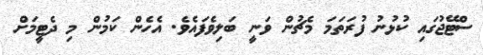
ސްޓޭޖުގައި ކުޅުނު ފުރަތަމަ މެޗުން ވަނީ ބަލިވެފައެވެ. އެހެން ކަމުން މި ދެޓީމަށް